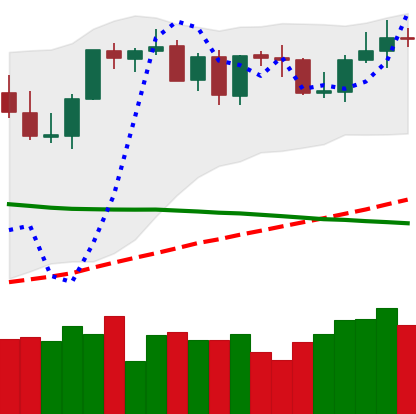
Ticker: BTC-USD
Chart end date: 2021-09-04
Forward return: -7.114%
Label: down_7plus